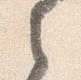
之